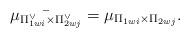
LaTeX: \begin{align*} \bar{\mu_{\Pi_{1wi}^{\vee} \times \Pi_{2wj}^{\vee}}}=\mu_{\Pi_{1wi} \times \Pi_{2wj}}.\end{align*}